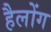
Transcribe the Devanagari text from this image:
हैलोंग